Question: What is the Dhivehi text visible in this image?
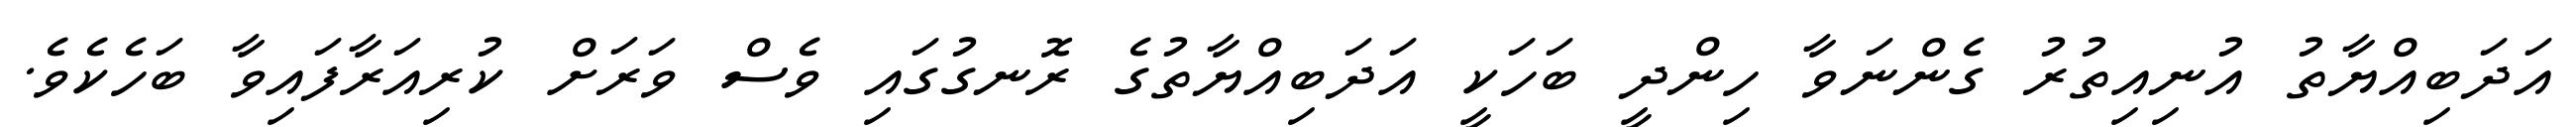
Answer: އަދަބިއްޔާތު އުނިއިތުރު ގެންނަވާ ހިންދީ ބަހަކީ އަދަބިއްޔާތުގެ ރޮނގުގައި ވެސް ވަރަށް ކުރިއަރާފައިވާ ބަހެކެވެ.